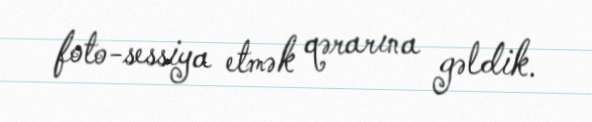
foto-sessiya etmək qərarına gəldik.